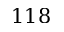
1 1 8